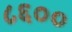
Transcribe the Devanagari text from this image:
८६००